Civil Veterinary Department Bengal reports 1933-51 - 1933-1951
Year: 1933
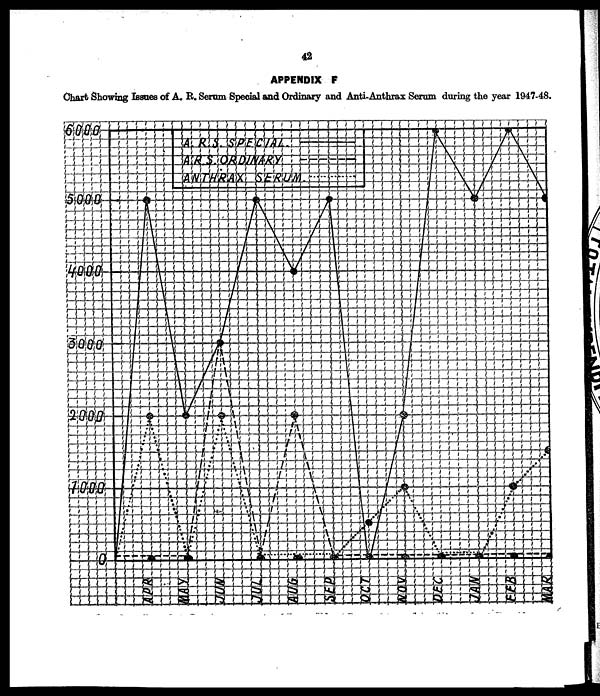
42
APPENDIX F
Chart Showing Issues of A. R. Serum Special and Ordinary and Anti-Anthrax Serum during the year 1947-48.